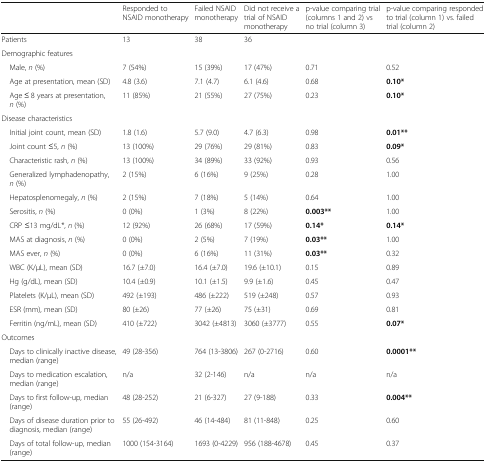
<table><thead><tr><td></td><td><b>Responded to NSAID monotherapy</b></td><td><b>Failed NSAID monotherapy</b></td><td><b>Did not receive a trial of NSAID monotherapy</b></td><td><b>p-value comparing trial (columns 1 and 2) vs no trial (column 3)</b></td><td><b>p-value comparing responded to trial (column 1) vs. failed trial (column 2)</b></td></tr></thead><tbody><tr><td>Patients</td><td>13</td><td>38</td><td>36</td><td></td><td></td></tr><tr><td colspan="6">Demographic features</td></tr><tr><td> Male, <i>n</i> (%)</td><td>7 (54%)</td><td>15 (39%)</td><td>17 (47%)</td><td>0.71</td><td>0.52</td></tr><tr><td> Age at presentation, mean (SD)</td><td>4.8 (3.6)</td><td>7.1 (4.7)</td><td>6.1 (4.6)</td><td>0.68</td><td><b>0.10*</b></td></tr><tr><td> Age ≤ 8 years at presentation, <i>n</i> (%)</td><td>11 (85%)</td><td>21 (55%)</td><td>27 (75%)</td><td>0.23</td><td><b>0.10*</b></td></tr><tr><td colspan="6">Disease characteristics</td></tr><tr><td> Initial joint count, mean (SD)</td><td>1.8 (1.6)</td><td>5.7 (9.0)</td><td>4.7 (6.3)</td><td>0.98</td><td><b>0.01**</b></td></tr><tr><td> Joint count ≤5, <i>n</i> (%)</td><td>13 (100%)</td><td>29 (76%)</td><td>29 (81%)</td><td>0.83</td><td><b>0.09*</b></td></tr><tr><td> Characteristic rash, <i>n</i> (%)</td><td>13 (100%)</td><td>34 (89%)</td><td>33 (92%)</td><td>0.93</td><td>0.56</td></tr><tr><td> Generalized lymphadenopathy, <i>n</i> (%)</td><td>2 (15%)</td><td>6 (16%)</td><td>9 (25%)</td><td>0.28</td><td>1.00</td></tr><tr><td> Hepatosplenomegaly, <i>n</i> (%)</td><td>2 (15%)</td><td>7 (18%)</td><td>5 (14%)</td><td>0.64</td><td>1.00</td></tr><tr><td> Serositis, <i>n</i> (%)</td><td>0 (0%)</td><td>1 (3%)</td><td>8 (22%)</td><td><b>0.003**</b></td><td>1.00</td></tr><tr><td> CRP ≤13 mg/dL*, <i>n</i> (%)</td><td>12 (92%)</td><td>26 (68%)</td><td>17 (59%)</td><td><b>0.14*</b></td><td><b>0.14*</b></td></tr><tr><td> MAS at diagnosis, <i>n</i> (%)</td><td>0 (0%)</td><td>2 (5%)</td><td>7 (19%)</td><td><b>0.03**</b></td><td>1.00</td></tr><tr><td> MAS ever, <i>n</i> (%)</td><td>0 (0%)</td><td>6 (16%)</td><td>11 (31%)</td><td><b>0.03**</b></td><td>0.32</td></tr><tr><td> WBC (K/μL), mean (SD)</td><td>16.7 (±7.0)</td><td>16.4 (±7.0)</td><td>19.6 (±10.1)</td><td>0.15</td><td>0.89</td></tr><tr><td> Hg (g/dL), mean (SD)</td><td>10.4 (±0.9)</td><td>10.1 (±1.5)</td><td>9.9 (±1.6)</td><td>0.45</td><td>0.47</td></tr><tr><td> Platelets (K/μL), mean (SD)</td><td>492 (±193)</td><td>486 (±222)</td><td>519 (±248)</td><td>0.57</td><td>0.93</td></tr><tr><td> ESR (mm), mean (SD)</td><td>80 (±26)</td><td>77 (±26)</td><td>75 (±31)</td><td>0.69</td><td>0.81</td></tr><tr><td> Ferritin (ng/mL), mean (SD)</td><td>410 (±722)</td><td>3042 (±4813)</td><td>3060 (±3777)</td><td>0.55</td><td><b>0.07*</b></td></tr><tr><td colspan="6">Outcomes</td></tr><tr><td> Days to clinically inactive disease, median (range)</td><td>49 (28-356)</td><td>764 (13-3806)</td><td>267 (0-2716)</td><td>0.60</td><td><b>0.0001**</b></td></tr><tr><td> Days to medication escalation, median (range)</td><td>n/a</td><td>32 (2-146)</td><td>n/a</td><td>n/a</td><td>n/a</td></tr><tr><td> Days to first follow-up, median (range)</td><td>48 (28-252)</td><td>21 (6-327)</td><td>27 (9-188)</td><td>0.33</td><td><b>0.004**</b></td></tr><tr><td> Days of disease duration prior to diagnosis, median (range)</td><td>55 (26-492)</td><td>46 (14-484)</td><td>81 (11-848)</td><td>0.25</td><td>0.60</td></tr><tr><td> Days of total follow-up, median (range)</td><td>1000 (154-3164)</td><td>1693 (0-4229)</td><td>956 (188-4678)</td><td>0.45</td><td>0.37</td></tr></tbody></table>